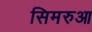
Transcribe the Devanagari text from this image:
सिमरुआ